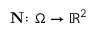
\mathbf { N } \colon \Omega \to \ensuremath { \mathbb { R } } ^ { 2 }